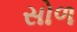
સોળ